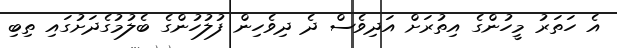
އެ ހަތަރު މީހުންގެ އިތުރަށް އަދިވެސް ދެ ދިވެހިން ފުލުހުންގެ ބެލުމުގެދަށުގައި ތިބި